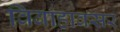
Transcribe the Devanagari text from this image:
विवाहावसर